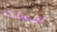
الاسلحه